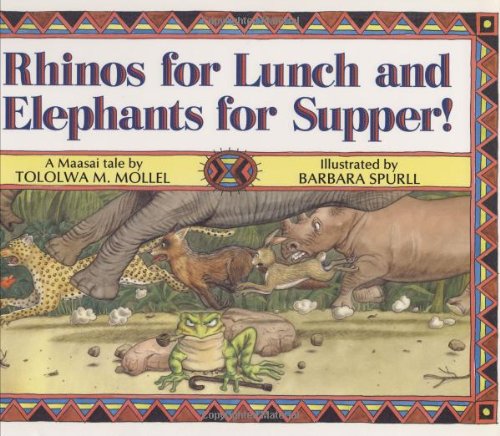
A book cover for Rhinos for Lunch and Elephants for Supper!; Tololwa M. Mollel; Children's Books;